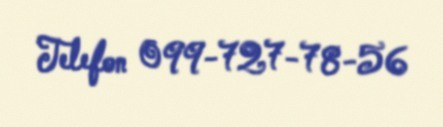
Telefon 099-727-78-56